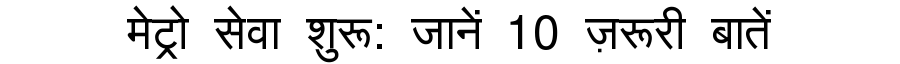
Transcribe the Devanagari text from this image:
मेट्रो सेवा शुरू: जानें 10 ज़रूरी बातें